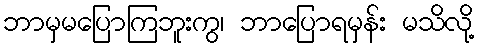
ဘာမှမပြောကြဘူးကွ၊ ဘာပြောရမှန်း မသိလို့